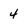
Character: 4